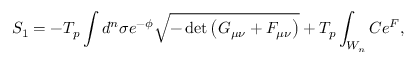
S _ { 1 } = - T _ { p } \int d ^ { n } \sigma e ^ { - \phi } \sqrt { - \operatorname * { d e t } { \left( G _ { \mu \nu } + { \cal F } _ { \mu \nu } \right) } } + T _ { p } \int _ { W _ { n } } C e ^ { \cal F } ,